画像に写った文字を読んでください
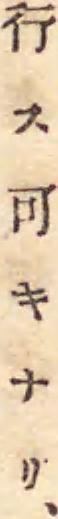
「行ス可キナリ、」と書いてあります